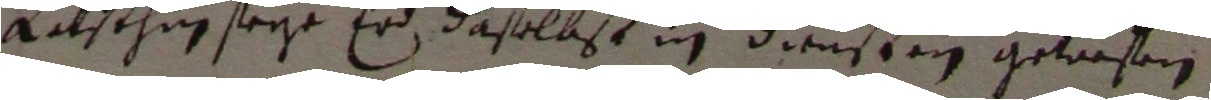
Lasthin seye er daselbst in diensten gewrofen